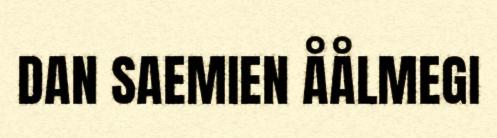
DAN SAEMIEN ÅÅLMEGI